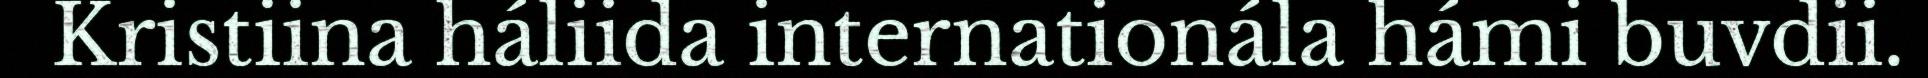
Kristiina háliida internationála hámi buvdii.